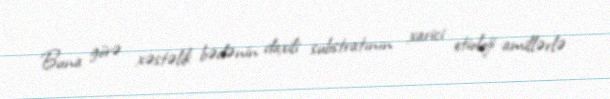
Buna görə xəstəlik bədənin daxili substratının xarici etioloji amillərlə